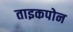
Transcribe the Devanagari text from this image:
ताइकपोन